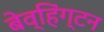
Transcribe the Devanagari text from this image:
बेव्हिंग्टन